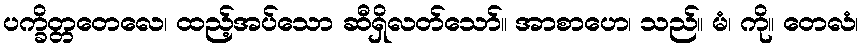
ပက္ခိတ္တတေလေ၊ ထည့်အပ်သော ဆီရှိလတ်သော်။ အာစာဟေ၊ သည်။ မံ၊ ကို။ တေလံ၊